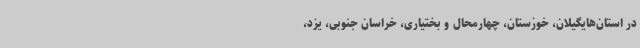
در استان‌هایگیلان، خوزستان، چهارمحال و بختیاری، خراسان جنوبی، یزد،